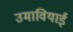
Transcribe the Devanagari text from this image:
उमावियाई